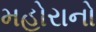
મહોરાનો